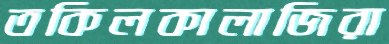
তকিলকালাজিরা